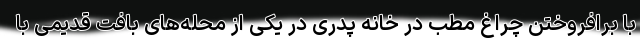
با برافروختن چراغ مطب در خانه پدری در یکی از محله‌های بافت قدیمی با